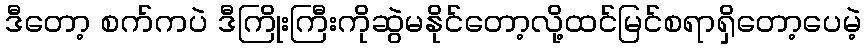
ဒီတော့ စက်ကပဲ ဒီကြိုးကြီးကိုဆွဲမနိုင်တော့လို့ထင်မြင်စရာရှိတော့ပေမဲ့